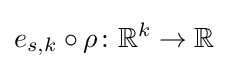
e_{s,k}\circ \rho \colon \mathbb {R} ^{k}\to \mathbb {R}